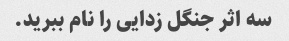
سه اثر جنگل زدایی را نام ببرید.